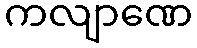
ကလျာဏေ